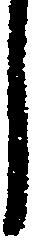
し